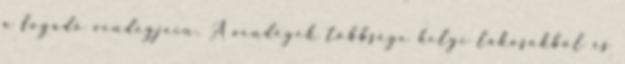
a fogadó vendégjein. A vendégek többsége helyi lakosokból és